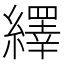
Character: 繹